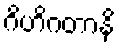
ဂိဟိဂတာနိ